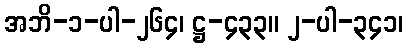
အဘိ-၁-ပါ-၂၆၄၊ ဋ္ဌ-၄၃၃။ ၂-ပါ-၃၄၁၊